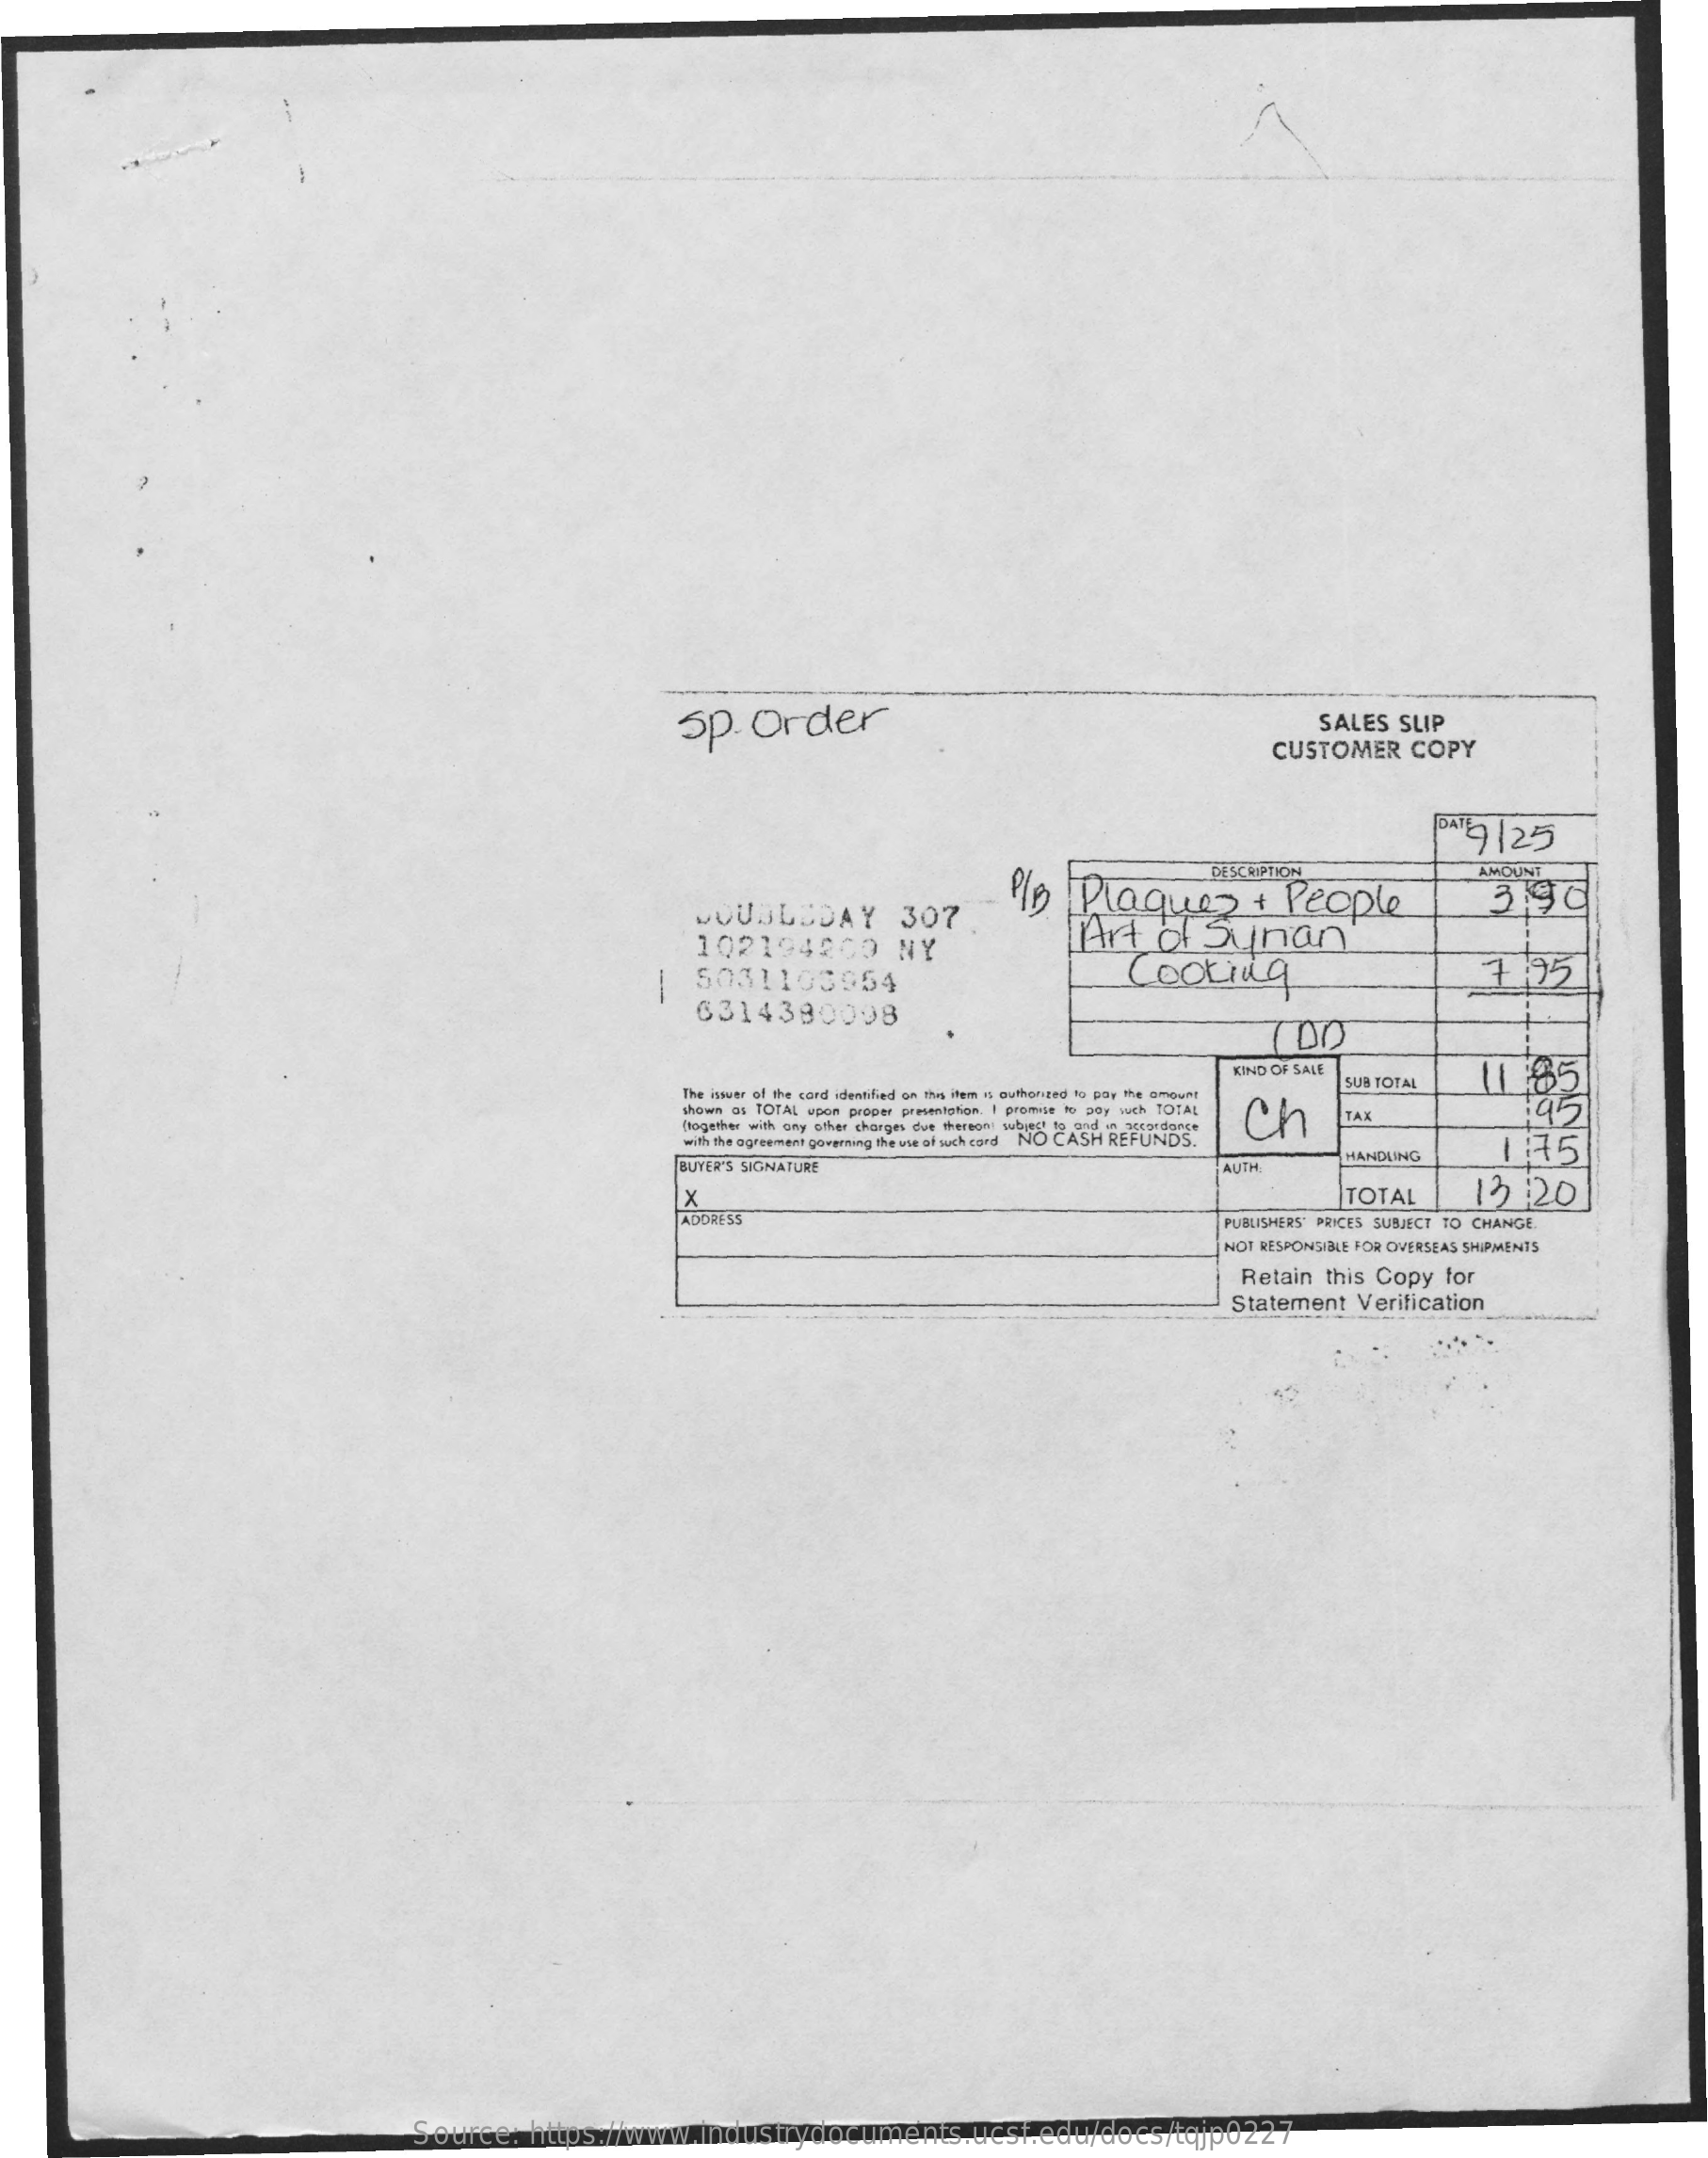
sp.    Order    SALES    SLIP
     CUSTOMER    COPY
     319125
     DESCRIPTION
     SOUSLEDAY    307.
     1/2    Plaques    +   People
     AMOUNT
     102194200    NY    AArt    of   Synan
     390
     5031103954    Cooking    7.95 -
     6314380098
     KIND OF SALE
     Ch
     185
     The issuer of the cord identified on this item a outhenged to pay the amount
     SUB TOTAL
     shown as TOTAL upon proper presentation. I promise to 50y wth TOTAL    145
     (together with any other charges due thereon) wbrest to and in accordance
     TAX
     with the agreement governing the use of wuch card NO CASH REFUNDS.    1.75
     BUYER'S SIGNATURE    AUTH
     HANDLING
     ×    TOTAL    12.20
     ADORESS    PUBLISHERS' PRICES SUBJECT TO CHANGE.
     NOT RESPONSIBLE FOR OVERSEAS SHIPMENTS
     Retain    this  Copy    for
     Statement    Verification
     Source:    https://www.industrydocuments.ucsf.edu/docs/tqjp0227